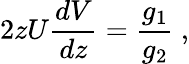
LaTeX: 2zU{\frac{dV}{dz}}={\frac{g_{1}}{g_{2}}}~,